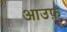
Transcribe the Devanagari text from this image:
आउफ़